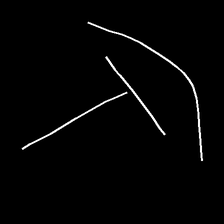
Glyph: dispersion